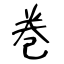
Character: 巻